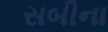
સબીના